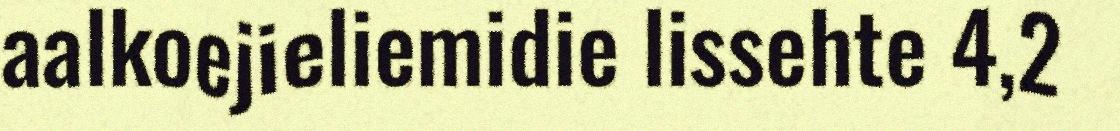
aalkoejieliemidie lissehte 4,2